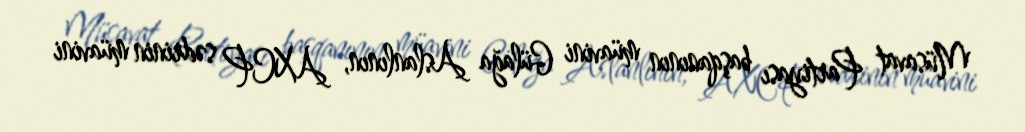
Müsavat Partiyası başqanının müavini Gülağa Aslanlının, AXCP sədrinin müavini